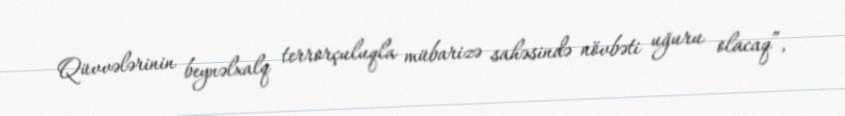
Qüvvələrinin beynəlxalq terrorçuluqla mübarizə sahəsində növbəti uğuru olacaq”,